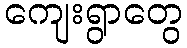
ကျေးရွာတွေ